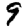
Digit: 9